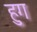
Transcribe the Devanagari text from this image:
हुग